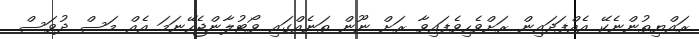
ރައްޔިތުންނެކޭ އެއްފަދައިން ރަށްވެހިވެފައިވާ ރަށް ނޫން ތަނެއްގައި ވޯޓުލާންޖެހޭނަމަ އެއް މަސް ދުވަސް